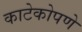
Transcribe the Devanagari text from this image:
काटेकोपणे